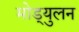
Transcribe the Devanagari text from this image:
मोड्युलन